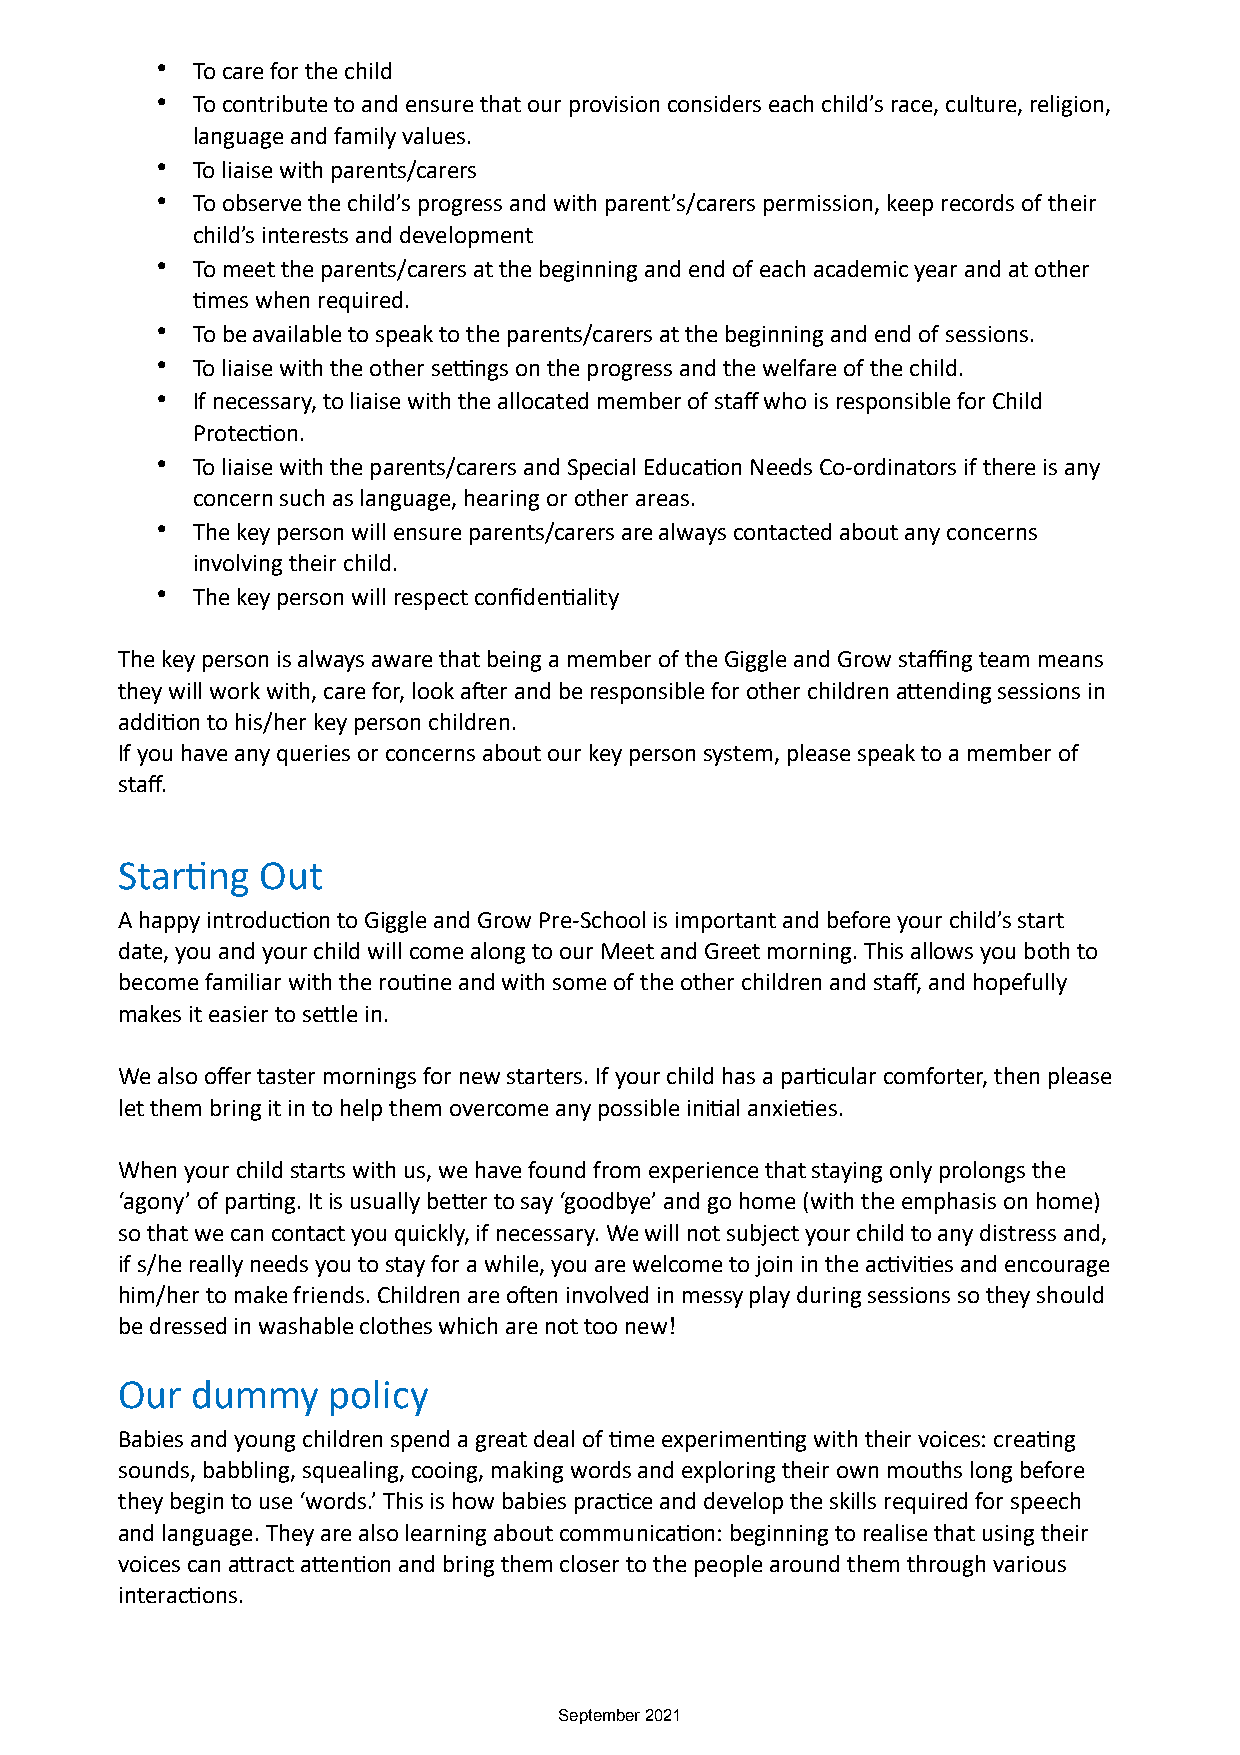
•  To care for the child
 •  To contribute to and ensure that our provision considers each child’s race, culture, religion,
 language and family values.
 •  To liaise with parents/carers
 •  To observe the child’s progress and with parent’s/carers permission, keep records of their
 child’s interests and development
 •  To meet the parents/carers at the beginning and end of each academic year and at other
 Dmes when required.
 •  To be available to speak to the parents/carers at the beginning and end of sessions.
 •  To liaise with the other selngs on the progress and the welfare of the child.
 •  If necessary, to liaise with the allocated member of staff who is responsible for Child
 ProtecDon.
 •  To liaise with the parents/carers and Special EducaDon Needs Co-ordinators if there is any
 concern such as language, hearing or other areas.
 •  The key person will ensure parents/carers are always contacted about any concerns
 involving their child.
 •  The key person will respect confidenDality
 The key person is always aware that being a member of the Giggle and Grow staffing team means
 they will work with, care for, look ader and be responsible for other children aOending sessions in
 addiDon to his/her key person children.
 If you have any queries or concerns about our key person system, please speak to a member of
 staff.
 StarDng  Out
 A happy introducDon to Giggle and Grow Pre-School is important and before your child’s start
 date, you and your child will come along to our Meet and Greet morning. This allows you both to
 become familiar with the rouDne and with some of the other children and staff, and hopefully
 makes it easier to seOle in.
 We also offer taster mornings for new starters. If your child has a parDcular comforter, then please
 let them bring it in to help them overcome any possible iniDal anxieDes.
 When your child starts with us, we have found from experience that staying only prolongs the
 ‘agony’ of parDng. It is usually beOer to say ‘goodbye’ and go home (with the emphasis on home)
 so that we can contact you quickly, if necessary. We will not subject your child to any distress and,
 if s/he really needs you to stay for a while, you are welcome to join in the acDviDes and encourage
 him/her to make friends. Children are oden involved in messy play during sessions so they should
 be dressed in washable clothes which are not too new!
 Our  dummy    policy
 Babies and young children spend a great deal of Dme experimenDng with their voices: creaDng
 sounds, babbling, squealing, cooing, making words and exploring their own mouths long before
 they begin to use ‘words.’ This is how babies pracDce and develop the skills required for speech
 and language. They are also learning about communicaDon: beginning to realise that using their
 voices can aOract aOenDon and bring them closer to the people around them through various
 interacDons.
 September 2021